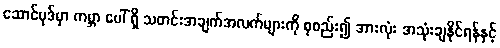
ဆောင်ပုဒ်မှာ ကမ္ဘာ ပေါ် ရှိ သတင်းအချက်အလက်များကို စုစည်း၍ အားလုံး အသုံးချနိုင်ရန်နှင့်